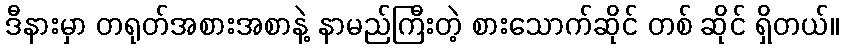
ဒီနားမှာ တရုတ်အစားအစာနဲ့ နာမည်ကြီးတဲ့ စားသောက်ဆိုင် တစ် ဆိုင် ရှိတယ်။